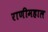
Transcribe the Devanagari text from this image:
राणीमहाल